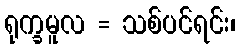
ရုက္ခမူလ = သစ်ပင်ရင်း၊